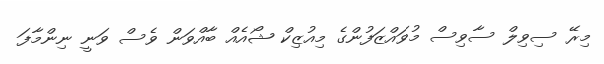
މިރޭ ސިވިލް ސާވިސް މުވައްޒަފުންގެ މިއުޒިކް ޝޯއެއް ބާއްވަން ވެސް ވަނީ ނިންމާފަ